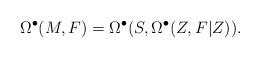
LaTeX: \begin{align*}\begin{aligned}\Omega^{\bullet}(M,F)=\Omega^{\bullet}(S,\Omega^{\bullet}(Z,F|{Z})).\end{aligned}\end{align*}